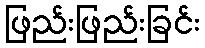
ဖြည်းဖြည်းခြင်း